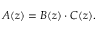
A ( z ) = B ( z ) \cdot C ( z ) .